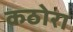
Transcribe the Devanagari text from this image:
कठोरा